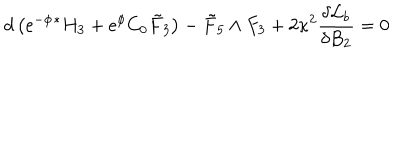
LaTeX: d \left( \mathrm { e } ^ { - \phi } { } ^ { * } H _ { 3 } + \mathrm { e } ^ { \phi } C _ { 0 } { \tilde { F } } _ { 3 } \right) - { \tilde { F } } _ { 5 } \wedge F _ { 3 } + 2 \kappa ^ { 2 } \frac { \delta { \cal { L } } _ { b } } { \delta B _ { 2 } } = 0